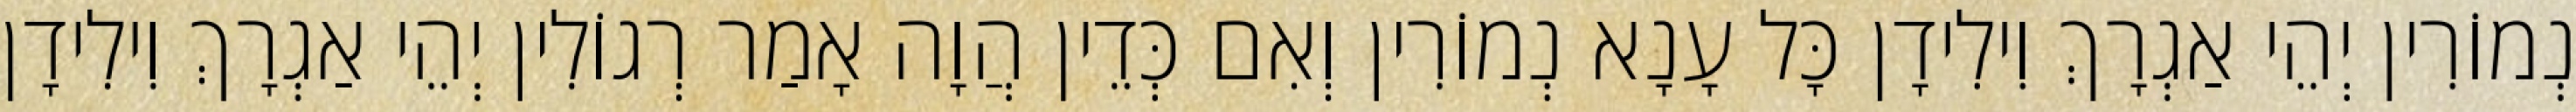
נְמוֹרִין יְהֵי אַגְרָךְ וִילִידָן כָּל עָנָא נְמוֹרִין וְאִם כְּדֵין הֲוָה אָמַר רְגוֹלִין יְהֵי אַגְרָךְ וִילִידָן